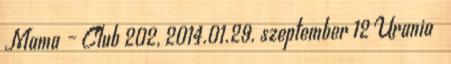
Mama – Club 202, 2014.01.29. szeptember 12 Urania